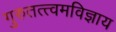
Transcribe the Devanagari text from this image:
गुरुतत्त्वमविज्ञाय